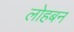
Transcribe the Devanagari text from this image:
लोहबन